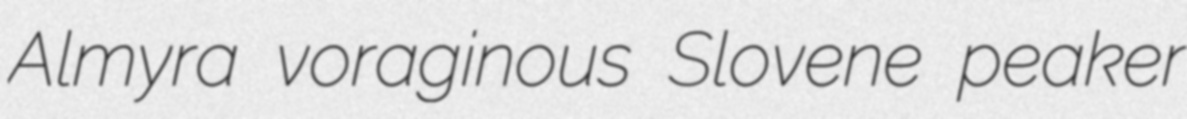
Almyra voraginous Slovene peaker